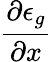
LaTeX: \frac{\partial\epsilon_{g}}{\partial x}